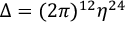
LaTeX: \Delta = ( 2 \pi ) ^ { 1 2 } \eta ^ { 2 4 }